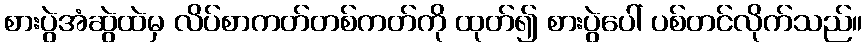
စားပွဲအံဆွဲထဲမှ လိပ်စာကတ်တစ်ကတ်ကို ထုတ်၍ စားပွဲပေါ် ပစ်တင်လိုက်သည်။